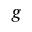
g